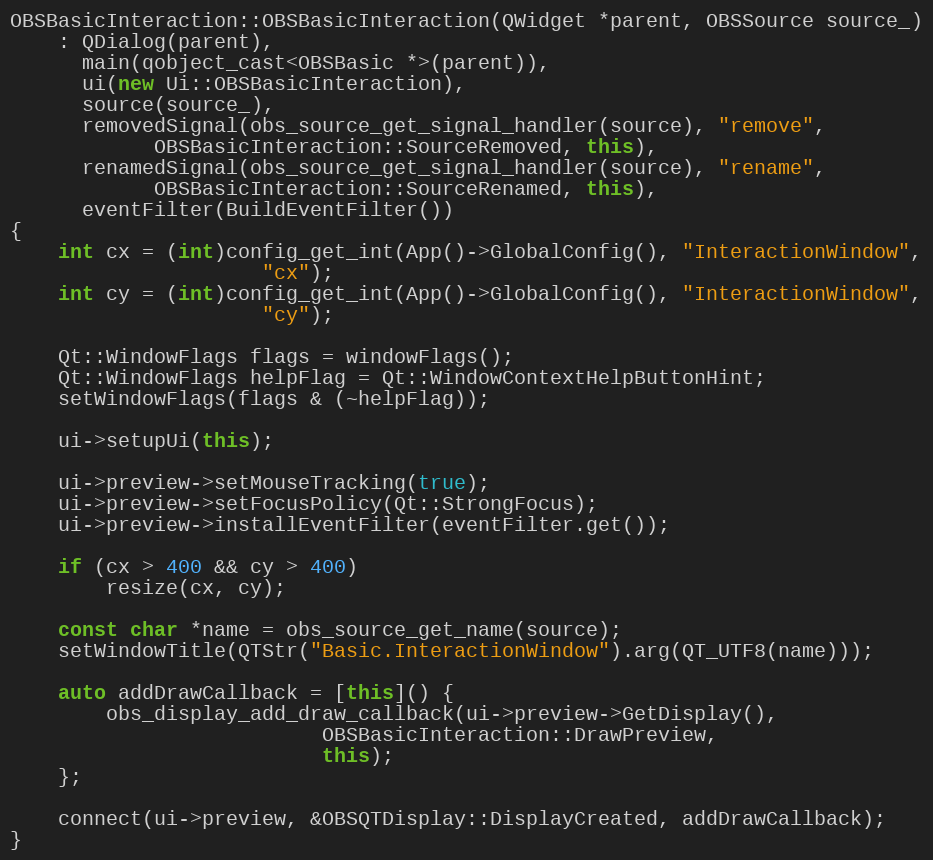
Language: C++
OBSBasicInteraction::OBSBasicInteraction(QWidget *parent, OBSSource source_)
	: QDialog(parent),
	  main(qobject_cast<OBSBasic *>(parent)),
	  ui(new Ui::OBSBasicInteraction),
	  source(source_),
	  removedSignal(obs_source_get_signal_handler(source), "remove",
			OBSBasicInteraction::SourceRemoved, this),
	  renamedSignal(obs_source_get_signal_handler(source), "rename",
			OBSBasicInteraction::SourceRenamed, this),
	  eventFilter(BuildEventFilter())
{
	int cx = (int)config_get_int(App()->GlobalConfig(), "InteractionWindow",
				     "cx");
	int cy = (int)config_get_int(App()->GlobalConfig(), "InteractionWindow",
				     "cy");

	Qt::WindowFlags flags = windowFlags();
	Qt::WindowFlags helpFlag = Qt::WindowContextHelpButtonHint;
	setWindowFlags(flags & (~helpFlag));

	ui->setupUi(this);

	ui->preview->setMouseTracking(true);
	ui->preview->setFocusPolicy(Qt::StrongFocus);
	ui->preview->installEventFilter(eventFilter.get());

	if (cx > 400 && cy > 400)
		resize(cx, cy);

	const char *name = obs_source_get_name(source);
	setWindowTitle(QTStr("Basic.InteractionWindow").arg(QT_UTF8(name)));

	auto addDrawCallback = [this]() {
		obs_display_add_draw_callback(ui->preview->GetDisplay(),
					      OBSBasicInteraction::DrawPreview,
					      this);
	};

	connect(ui->preview, &OBSQTDisplay::DisplayCreated, addDrawCallback);
}